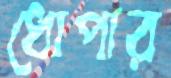
ধোপার